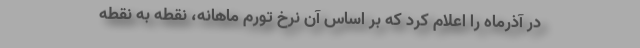
در آذرماه را اعلام كرد كه بر اساس آن نرخ تورم ماهانه، نقطه به نقطه